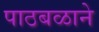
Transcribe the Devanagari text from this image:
पाठबळाने